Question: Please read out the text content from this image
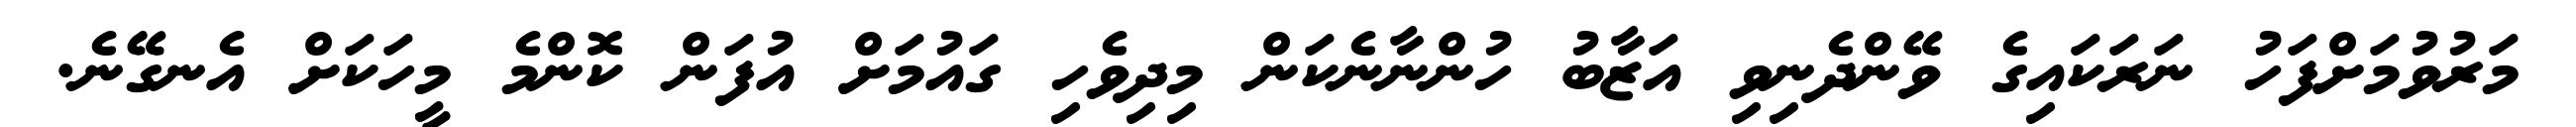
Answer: މަރުވުމަށްފަހު ނަރަކައިގެ ވޭންދެނިވި އަޒާބު ހުންނާނެކަން މިދިވެހި ގައުމަށް އުފަން ކޮންމެ މީހަކަށް އެނގޭނެ.